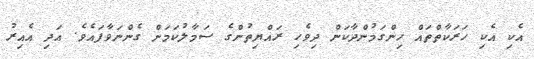
އެކި އެކި ހަރަކާތްތައް ހިންގަމުންދާކަން ދިވެހި ރައްޔިތުންގެ ސަމާލުކަމަށް ގެންނަވާފައެވެ. އަދި އެއިރު